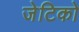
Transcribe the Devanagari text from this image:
जेटिको